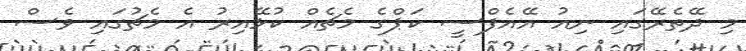
މި ދޭތެރޭގައި ނިއު އޭއެފްސީ ކަޕްގެ މެޗެއް ކުޅޭއިރު އެ މެޗުގައި ވެސް